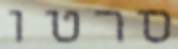
סרטו